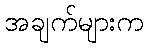
အချက်များက